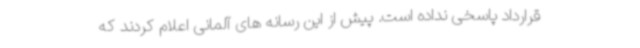
قرارداد پاسخی نداده است. پیش از این رسانه های آلمانی اعلام کردند که